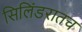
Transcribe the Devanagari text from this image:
सिलिंडरातच